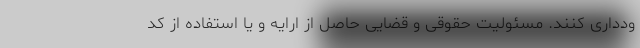
ودداری کنند. مسئولیت حقوقی و قضایی حاصل از ارایه و یا استفاده از کد